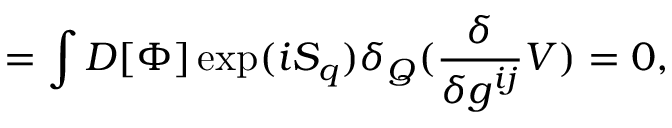
= \int D [ \Phi ] \exp ( i S _ { q } ) \delta _ { Q } ( \frac { \delta } { \delta g ^ { i j } } V ) = 0 ,